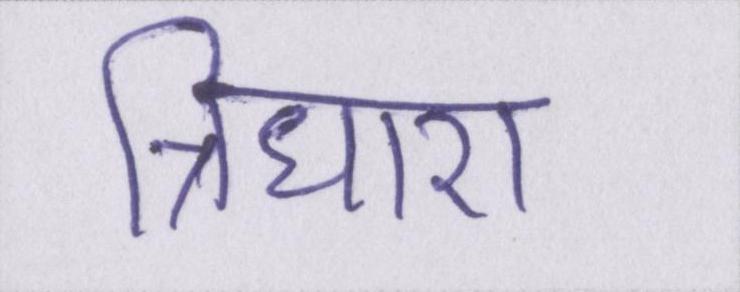
त्रिधारा